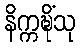
နိက္ကဍ္ဎိံသု